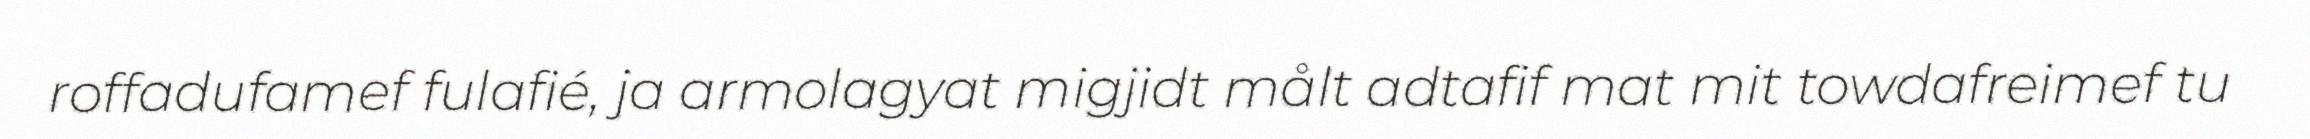
roffadufamef fulafié, ja armolagyat migjidt målt adtafif mat mit towdafreimef tu